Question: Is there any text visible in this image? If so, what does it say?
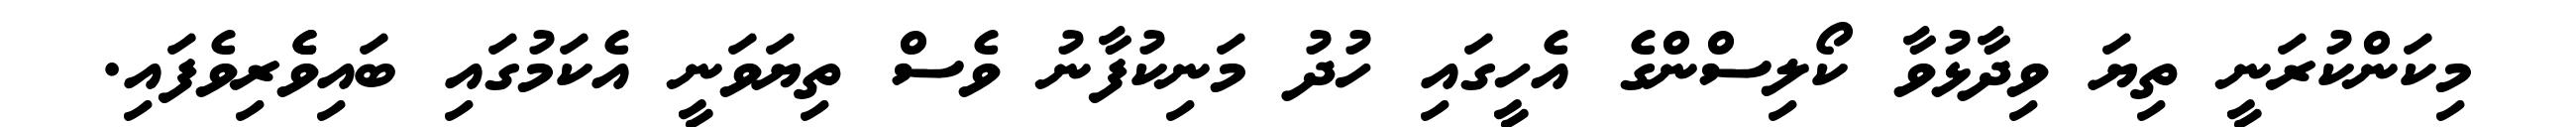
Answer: މިކަންކުރަނީ ތިޔަ ވިދާޅުވާ ކޯލިސްންގެ އެހީގައި ހުދު މަނިކުފާނު ވެސް ތިޔަވަނީ އެކަމުގައި ބައިވެެރިވެފައި.